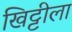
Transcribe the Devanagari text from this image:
खिट्टीला